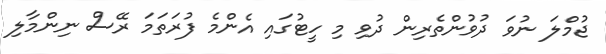
ޖުމްލަ ނުވަ ދުވުންތެރިން ދުވި މި ހީޓުގައި އެންމެ ފުރަތަމަ ރޭސް ނިންމާލި